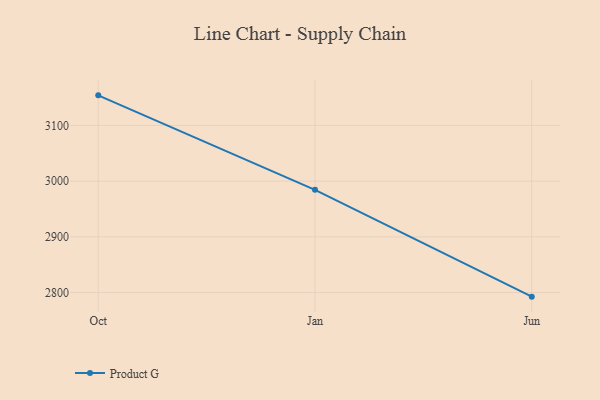
{"axis": {"x": "Month", "y": "Population (Million)"}, "legend": ["Product G"], "data": [{"x": "Oct", "y": 3154.0, "type": "Product G"}, {"x": "Jan", "y": 2984.3, "type": "Product G"}, {"x": "Jun", "y": 2792.6, "type": "Product G"}]}